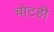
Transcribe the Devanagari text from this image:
चोटही